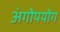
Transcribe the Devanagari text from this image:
अंगोपयोग